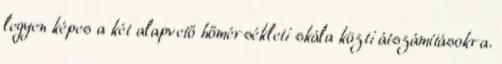
legyen képes a két alapvető hőmérsékleti skála közti átszámításokra.